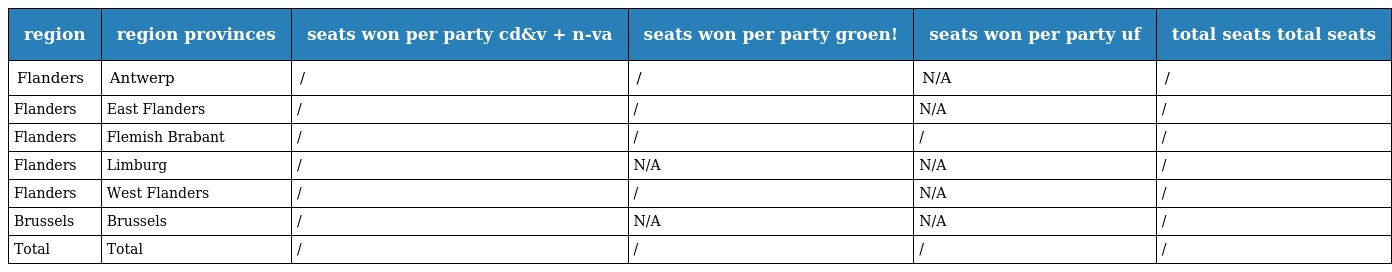
| region | region provinces | seats won per party cd&v + n-va | seats won per party groen! | seats won per party uf | total seats total seats |
 | --- | --- | --- | --- | --- | --- |
 | Flanders | Antwerp | / | / | N/A | / |
 | Flanders | East Flanders | / | / | N/A | / |
 | Flanders | Flemish Brabant | / | / | / | / |
 | Flanders | Limburg | / | N/A | N/A | / |
 | Flanders | West Flanders | / | / | N/A | / |
 | Brussels | Brussels | / | N/A | N/A | / |
 | Total | Total | / | / | / | / |